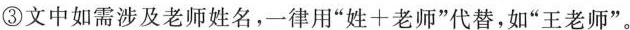
③文中如需涉及老师姓名，一律用”姓+老师”代替，如”王老师”。